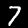
Label: 7